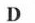
D